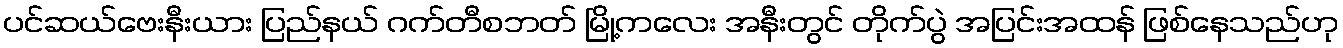
ပင်ဆယ်ဗေးနီးယား ပြည်နယ် ဂက်တီစဘတ် မြို့ကလေး အနီးတွင် တိုက်ပွဲ အပြင်းအထန် ဖြစ်နေသည်ဟု